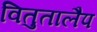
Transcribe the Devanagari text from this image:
वितुतालैप